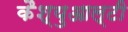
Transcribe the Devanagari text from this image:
कैश्युआल्टी